Scottish Leaving Certificate Examination, 1954
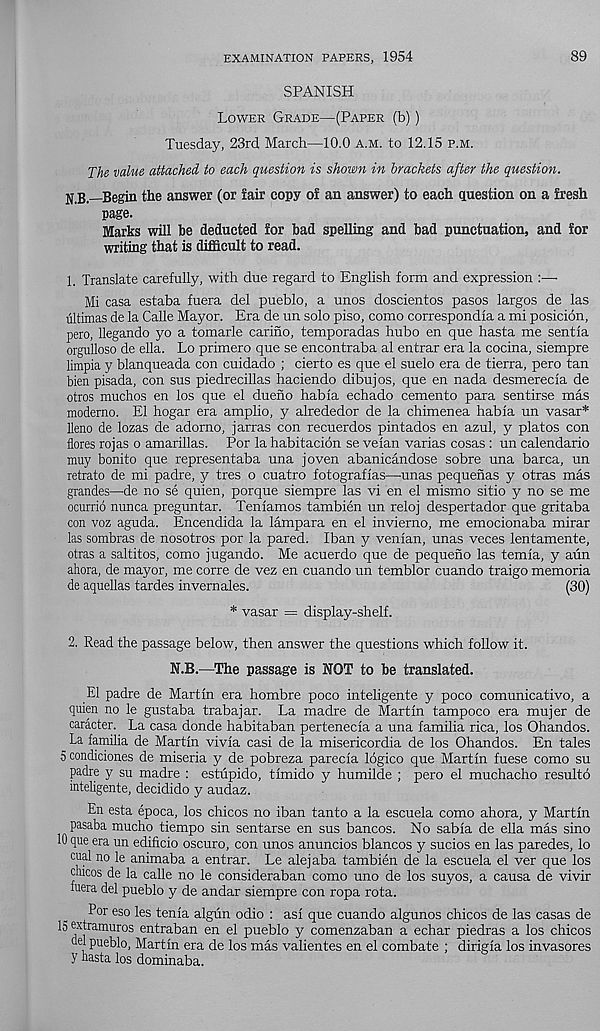
EXAMINATION PAPERS, 1954
89
SPANISH
Lower Grade—(Paper (b))
Tuesday, 23rd March—10.0 a.m. to 12.15 p.m.
The value attached to each question is shown in brackets after the question.
jj B __Begin the answer (or fair copy of an answer) to each question on a fresh
page.
Marks will be deducted for bad spelling and bad punctuation, and for
writing that is difficult to read.
1. Translate carefully, with due regard to English form and expression :—■
Mi casa estaba fuera del pueblo, a unos doscientos pasos largos de las
ultimas de la Calle Mayor. Era de un solo piso, como correspondia a mi posicion,
pero, Uegando yo a tomarle carino, temporadas hubo en que hasta me sentia
orgulloso de ella. Lo primero que se encontraba al entrar era la cocina, siempre
limpia y blanqueada con cuidado ; cierto es que el suelo era de tierra, pero tan
bien pisada, con sus piedrecillas haciendo dibujos, que en nada desmerecia de
otros muchos en los que el dueno habia echado cemento para sentirse mas
moderno. El hogar era amplio, y alrededor de la chimenea habia un vasar*
lleno de lozas de adorno, j arras con recuerdos pintados en azul, y plat os con
flores rojas o amarillas. Por la habitacion se veian varias cosas : un calendario
muy bonito que representaba una joven abanicandose sobre una barca, un
retrato de mi padre, y tres o cuatro fotografias—unas pequenas y otras mas
grandes—de no se quien, porque siempre las vi en el mismo sitio y no se me
ocurrio nunca preguntar. Teniamos tambien un reloj despertador que gritaba
con voz aguda. Encendida la lampara en el invierno, me emocionaba mirar
las sombras de nosotros por la pared. Iban y venian, unas veces lentamente,
otras a saltitos, como jugando. Me acuerdo que de pequeno las temia, y aun
ahora, de mayor, me corre de vez en cuando un temblor cuando traigo memoria
de aquellas tardes invernales.
(30)
* vasar = display-shelf.
2. Read the passage below, then answer the questions which follow it.
N.B.—The passage is NOT to be translated.
El padre de Martin era hombre poco inteligente y poco comunicativo, a
quien no le gustaba trabajar. La madre de Martin tampoco era mujer de
caracter. La casa donde habitaban pertenecia a una familia rica, los Ohandos.
La familia de Martin vivia casi de la misericordia de los Ohandos. En tales
5 condiciones de miseria y de pobreza parecia logico que Martin fuese como su
padre y su madre : estupido, timido y humilde ; pero el muchacho resulto
inteligente, decidido y audaz.
En esta epoca, los chicos no iban tanto a la escuela como ahora, y Martin
pasaba mucho tiempo sin sentarse en sus bancos. No sabia de ella mas sino
10 que era un edificio oscuro, con unos anuncios blancos y sucios en las paredes, lo
cual no le animaba a entrar. Le alejaba tambien de la escuela el ver que los
clucos de la calle no le consideraban como uno de los suyos, a causa de vivir
fuera del pueblo y de andar siempre con ropa rota.
Por eso les tenia algun odio : asi que cuando algunos chicos de las casas de
ISextramuros entraban en el pueblo y comenzaban a echar piedras a los chicos
del pueblo, Martin era de los mas valientes en el combate ; dirigia los invasores
y nasta los dominaba.